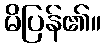
မိပြန်၏။